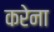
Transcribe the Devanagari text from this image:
करेना